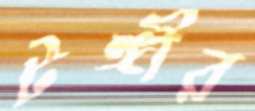
টঙ্গীর